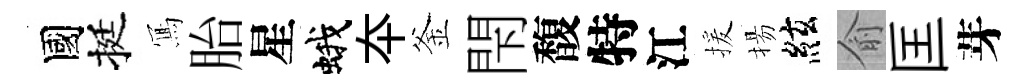
國挺𭂁胎星蛾夲釜閇馥特江援揚絃俞匡芽